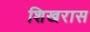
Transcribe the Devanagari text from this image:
शिखरास